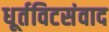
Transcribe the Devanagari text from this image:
धूर्तविटसंवाद